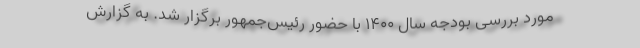
مورد بررسی بودجه سال ۱۴۰۰ با حضور رئیس‌جمهور برگزار شد. به گزارش